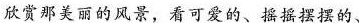
欣赏那美丽的风景，看可爱的、摇摇摆摆的、